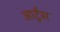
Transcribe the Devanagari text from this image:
आर्टूंस